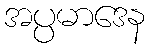
အပ္ပမာဒေန